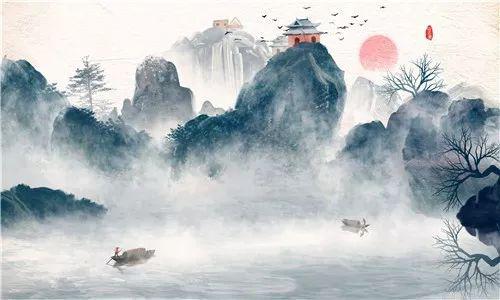
德不孤，必有邻。